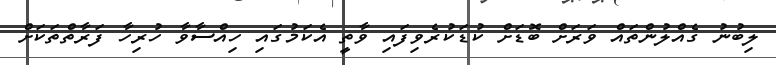
ލިބުނު ގެއްލުންތައް ވަރަށް ބޮޑަށް ކުޑަކުރެވިފައި ވާތީ އެކަމުގައި ހިއްސާވާ ހުރިހާ ފަރާތްތަކަށް